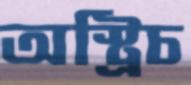
অস্ট্রিচ